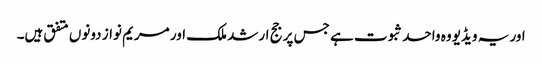
اور یہ ویڈیو وہ واحد ثبوت ہے جس پر جج ارشد ملک اور مریم نواز دونوں متفق ہیں۔